Annual administration report of the Civil Veterinary Department of India - 1899-1900
Year: 1899
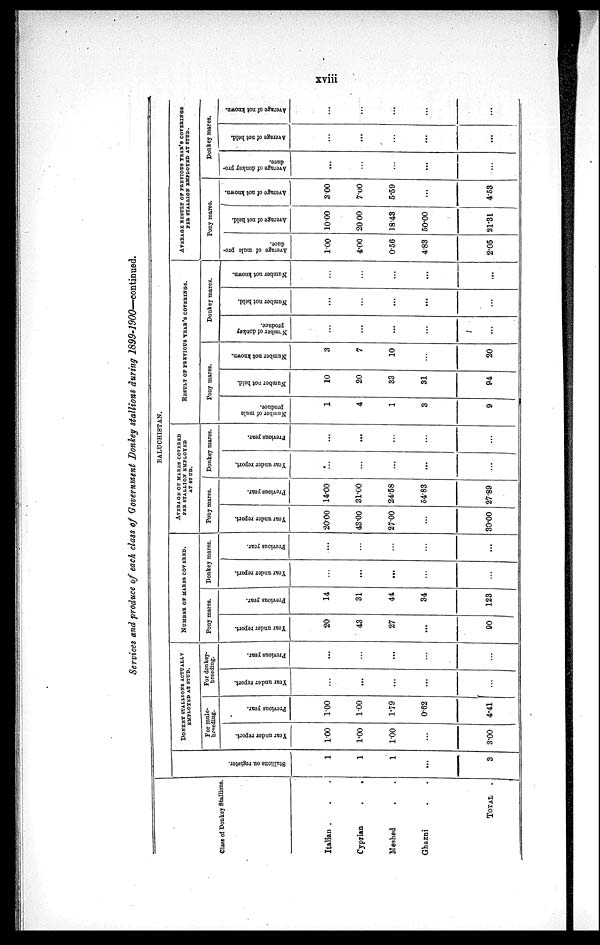
xviii
Services and produce of each class of Government Donkey stallions during 1899-1900—continued.
Class of Donkey Stallions.
Italian . . .
Cyprian
. . .
Meshed
Ghazni . .
TOTAL.
BALUCHISTAN.
Stallions on register.
1
1
1
...
3
DONKEY STALLIONS ACTUALLY EMPLOYED AT STUD.
For mule-
breeding.
Year under report.
1.00
1.00
1.00
...
3.00
Previous year.
1.00
1.00
1.79
0.62
4.41
For donkey-
breeding.
Year under report.
...
...
...
...
...
Previous year.
...
...
...
...
...
NUMBER OF MARES COVERED.
Pony mares.
Year under report.
20
43
27
...
90
Previous year.
14
31
44
34
123
Donkey mares.
Year under report.
...
...
...
...
...
Previous year.
...
...
...
...
...
AVERAGE OF MARES COVERED
PER STALLION EMPLOYED
AT STUD.
Pony mares.
Year under report.
20.00
43.00
27.00
...
30.00
Previous year.
14.00
31.00
24.58
54.83
27.89
Donkey mares.
Year under report.
...
...
...
...
...
Previous year.
...
...
...
...
...
RESULT OF PREVIOUS YEAR'S COVERINGS.
Pony mares.
Number of mule
produce.
1
4
1
3
9
Number not held.
10
20
33
31
94
Number not known.
3
7
10
...
20
Donkey mares.
Number
of donkey
produce.
...
...
...
...
...
Number not held.
...
...
...
...
...
Number not known.
...
...
...
...
...
AVERAGE RESULT OF PREVIOUS YEAR'S COVERINGS PE
Pony mares.
Average of mule pro-
dace.
1.00
4.00
0.56
483
2.05
Average of not held.
10.00
20 00
18.43
50.00
21.31
Average of not known.
3.00
7.00
5.59
...
4.53
Donkey mares.
Average of donkey pro-
duce.
...
...
...
...
...
Average of not held.
...
...
...
...
...
Average of not known.
...
...
...
...
...